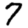
Digit: 7